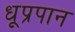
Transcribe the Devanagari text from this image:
धूप्रपान